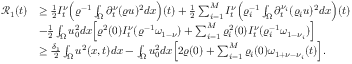
\begin{array} { r l } { \mathcal { R } _ { 1 } ( t ) } & { \geq \frac { 1 } { 2 } I _ { t } ^ { \nu } \Big ( \varrho ^ { - 1 } \int _ { \Omega } \partial _ { t } ^ { \nu } ( \varrho u ) ^ { 2 } d x \Big ) ( t ) + \frac { 1 } { 2 } \sum _ { i = 1 } ^ { M } I _ { t } ^ { \nu } \Big ( \varrho _ { i } ^ { - 1 } \int _ { \Omega } \partial _ { t } ^ { \nu _ { i } } ( \varrho _ { i } u ) ^ { 2 } d x \Big ) ( t ) } \\ & { - \frac { 1 } { 2 } \int _ { \Omega } u _ { 0 } ^ { 2 } d x \Big [ \varrho ^ { 2 } ( 0 ) I _ { t } ^ { \nu } ( \varrho ^ { - 1 } \omega _ { 1 - \nu } ) + \sum _ { i = 1 } ^ { M } \varrho _ { i } ^ { 2 } ( 0 ) I _ { t } ^ { \nu } ( \varrho _ { i } ^ { - 1 } \omega _ { 1 - \nu _ { i } } ) \Big ] } \\ & { \geq \frac { \delta _ { 1 } } { 2 } \int _ { \Omega } u ^ { 2 } ( x , t ) d x - \int _ { \Omega } u _ { 0 } ^ { 2 } d x \Big [ 2 \varrho ( 0 ) + \sum _ { i = 1 } ^ { M } \varrho _ { i } ( 0 ) \omega _ { 1 + \nu - \nu _ { i } } ( t ) \Big ] . } \end{array}